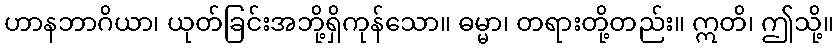
ဟာနဘာဂိယာ၊ ယုတ်ခြင်းအဘို့ရှိကုန်သော။ ဓမ္မာ၊ တရားတို့တည်း။ ဣတိ၊ ဤသို့။